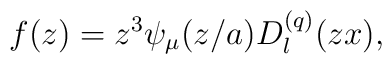
f(z)=z^3\psi _\mu (z/a)D_l^{(q)}(zx),